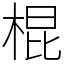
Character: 棍